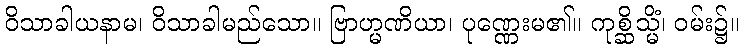
ဝိသာခါယနာမ၊ ဝိသာခါမည်သော။ ဗြာဟ္မဏိယာ၊ ပုဏ္ဏေးမ၏။ ကုစ္ဆိသ္မိံ၊ ဝမ်း၌။